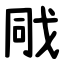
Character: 戙